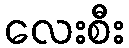
လေးစီး